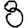
Digit: 8